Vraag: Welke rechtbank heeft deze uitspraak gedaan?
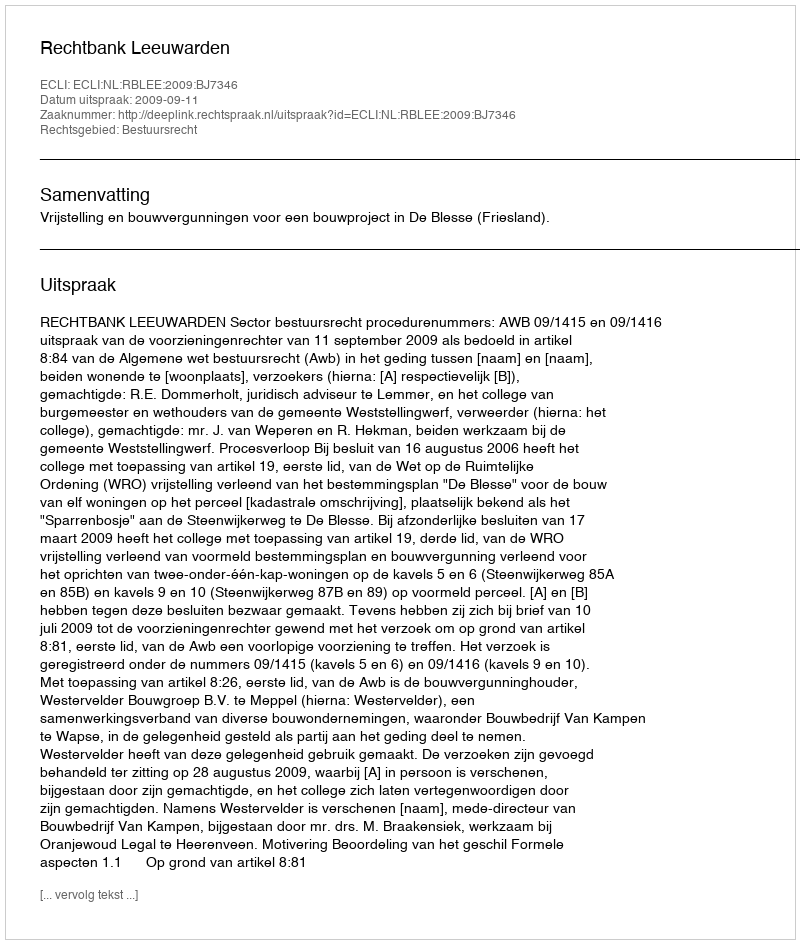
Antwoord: Rechtbank Leeuwarden